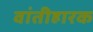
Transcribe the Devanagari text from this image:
वांतीहारक